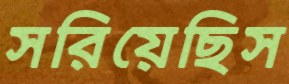
সরিয়েছিস